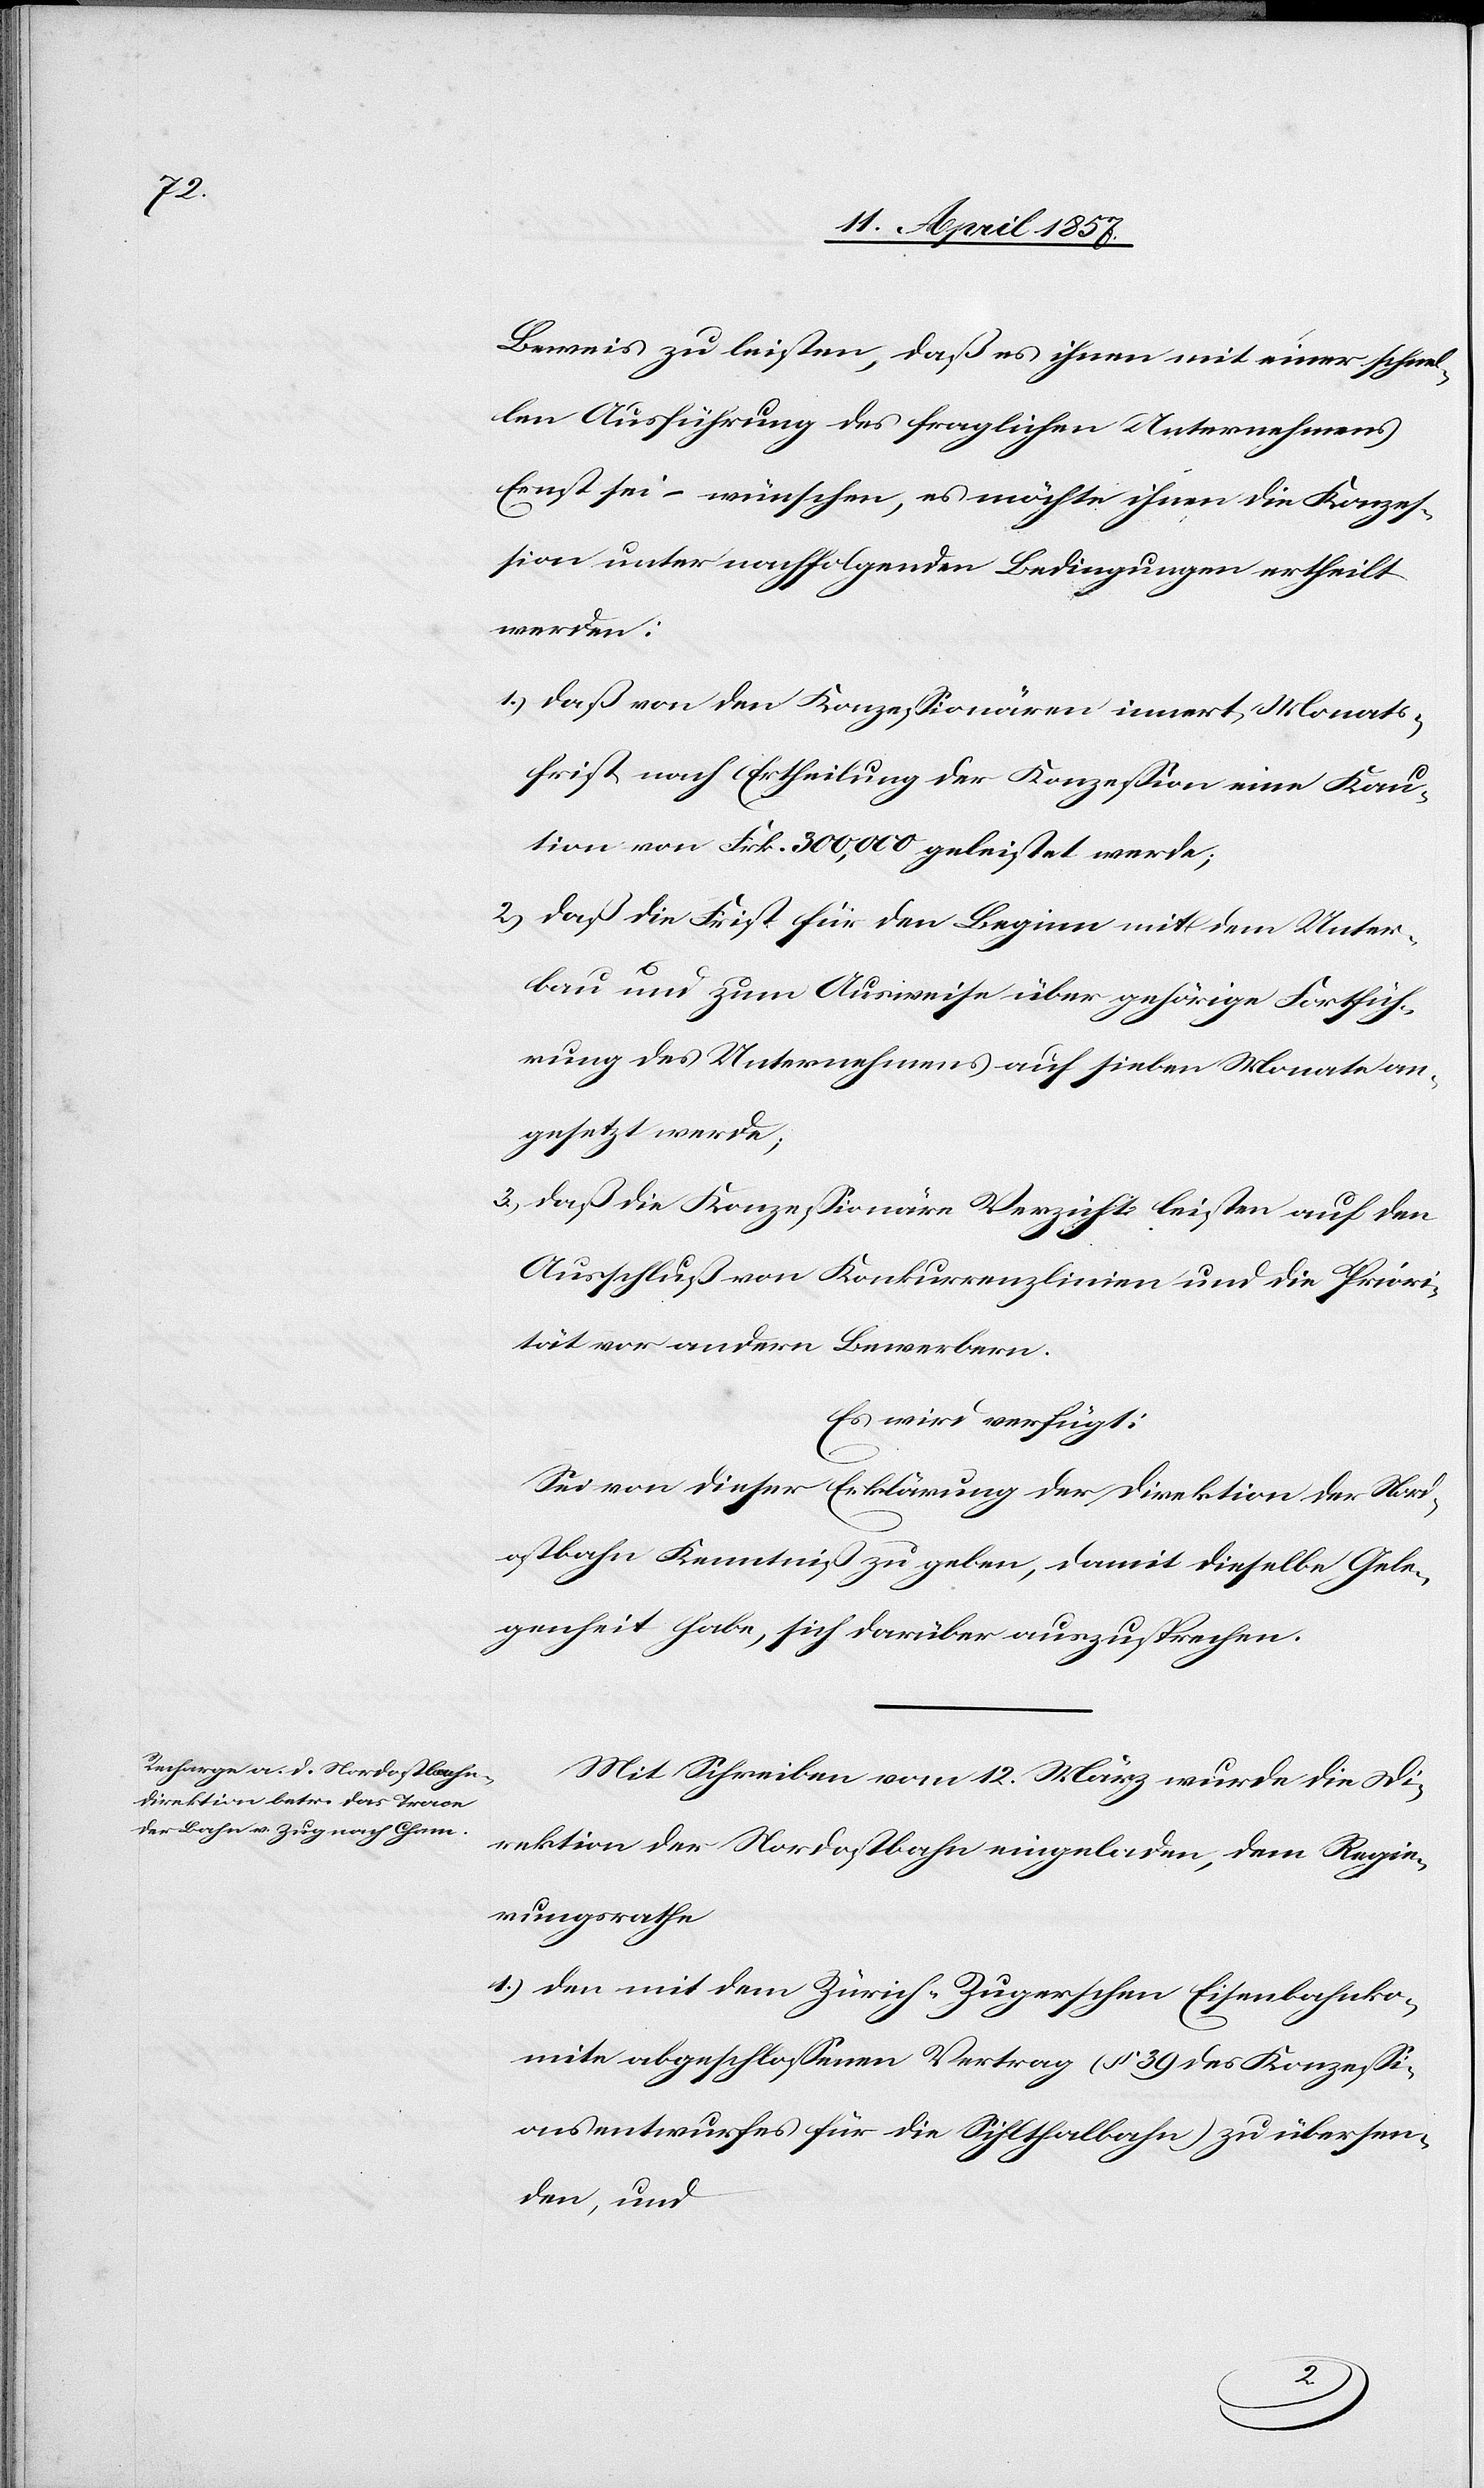
Beweis zu leisten, daß es ihnen mit einer schnel¬
len Ausführung des fraglichen Unternehmens
Ernst sei – wünschen, es möchte ihnen die Konzes¬
sion unter nachfolgenden Bedingungen ertheilt
werden:
1.) daß von den Konzessionären innert Monats¬
frist nach Ertheilung der Konzession eine Kau¬
tion von Frk. 300,000 geleistet werde;
2.) daß die Frist für den Beginn mit dem Unter¬
bau und zum Ausweise über gehörige Fortfüh¬
rung des Unternehmens auf sieben Monate an¬
gesetzt werde,
3.) daß die Konzessionäre Verzicht leisten auf den
Ausschluß von Konkurrenzlinien und die Priori¬
tät vor andern Bewerbern.
Es wird verfügt:
Sei von dieser Erklärung der Direktion der Nor¬
dostbahn Kenntniß zu geben, damit dieselbe Gele¬
genheit habe, sich darüber auszusprechen.
Mit Schreiben vom 12. März wurde die Di¬
rektion der Nordostbahn eingeladen, dem Regie¬
rungsrathe
1.) den mit dem Zürich-Zugerschen Eisenbahnko¬
mite abgeschlossenen Vertrag (§ 39 des Konzessi¬
onsentwurfes für die Sihlthalbahn) zu übersen¬
den, und